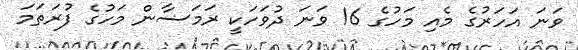
ވަނަ އަހަރުގެ މެއި މަހުގެ 16 ވަނަ ދުވަހަކީ ރަމަޟާން މަހުގެ ފުރަތަމަ